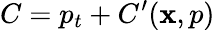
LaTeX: C=p_{t}+C^{\prime}(\mathbf{x},p)